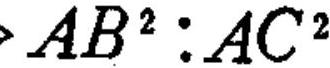
\(AB^{2}:AC^{2}\)